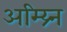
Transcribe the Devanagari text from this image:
अम्य्र्नि